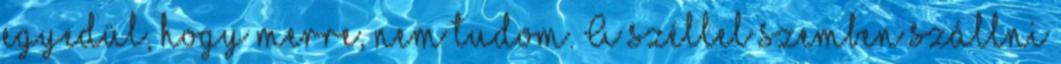
egyedül, hogy merre, nem tudom. A széllel szemben szállni